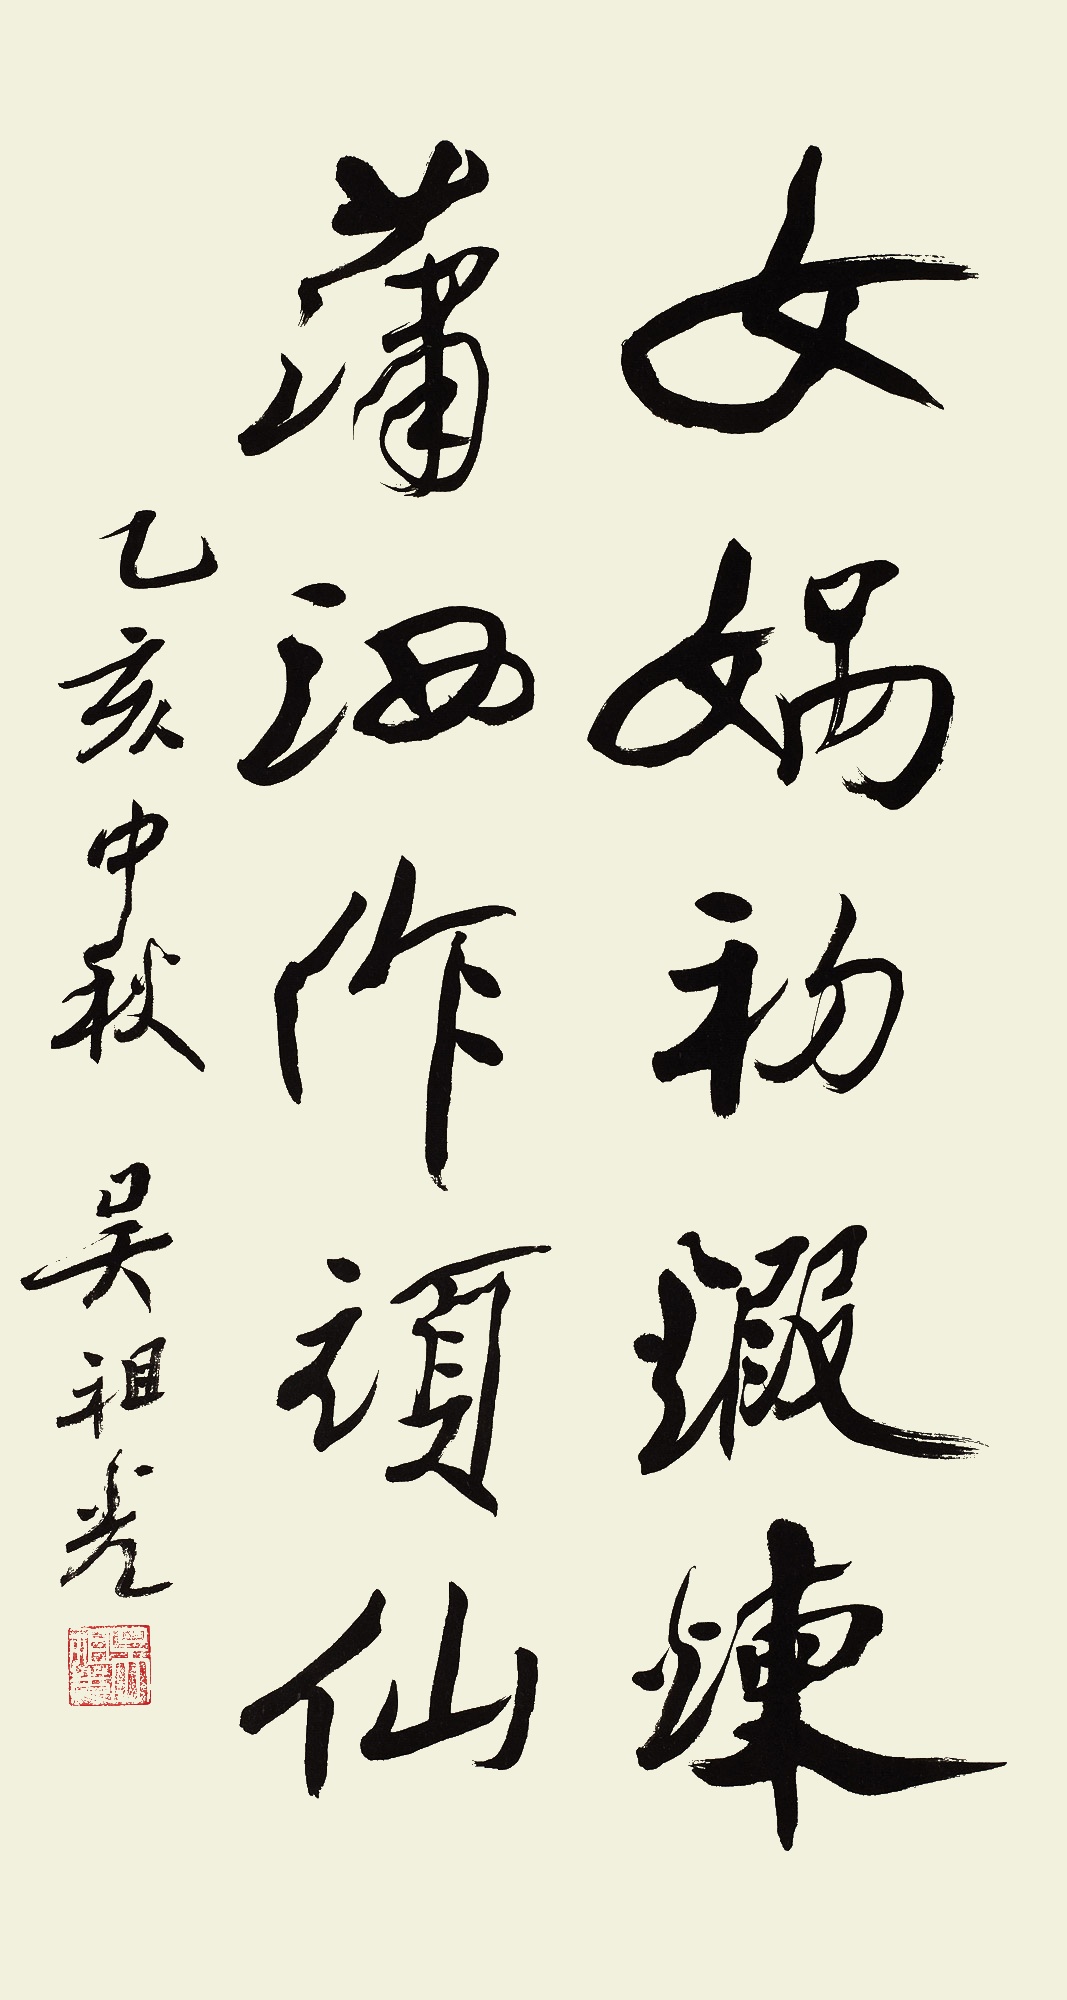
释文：女娲初锻炼，蒲洒作顽仙。乙亥中秋，吴祖光。